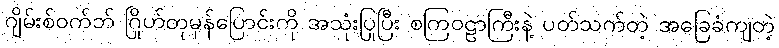
ဂျိမ်းစ်ဝက်ဘ် ဂြိုဟ်တုမှန်ပြောင်းကို အသုံးပြုပြီး စကြဝဠာကြီးနဲ့ ပတ်သက်တဲ့ အခြေခံကျတဲ့